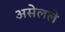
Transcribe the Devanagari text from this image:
असेलले